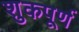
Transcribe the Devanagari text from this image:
शुकपूर्ण